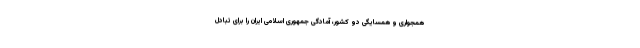
همجواری و همسایگی دو کشور، آمادگی جمهوری اسلامی ایران را برای تبادل